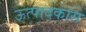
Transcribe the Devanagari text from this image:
ऊत्पादकास